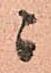
ニ